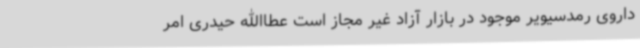
داروی رمدسیویر موجود در بازار آزاد غیر مجاز است عطاالله حیدری امر